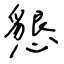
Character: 懇